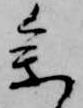
参